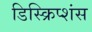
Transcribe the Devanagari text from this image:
डिस्क्रिप्शंस